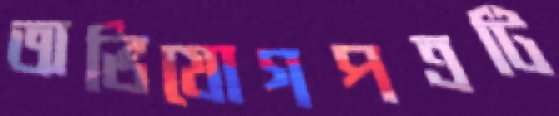
অভিযোগপত্রটি